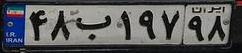
۴۸ب۱۹۷۹۸